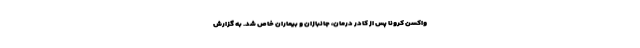
واکسن کرونا پس از کادر درمان، جانبازان و بیماران خاص شد. به گزارش